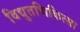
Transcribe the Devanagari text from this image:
विद्युतचिकित्सा